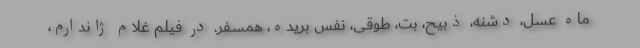
ماه عسل، دشنه، ذبیح، بت، طوقی، نفس بریده، همسفر. در فیلم غلام ژاندارم،